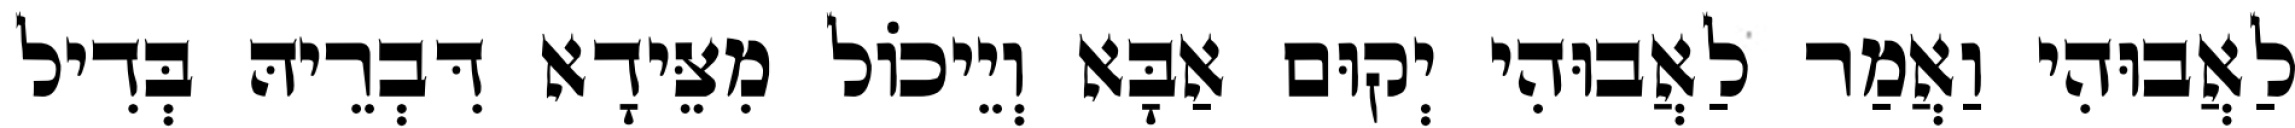
לַאֲבוּהִי וַאֲמַר לַאֲבוּהִי יְקוּם אַבָּא וְיֵיכוֹל מִצֵּידָא דִּבְרֵיהּ בְּדִיל